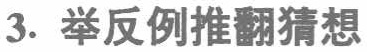
3. 举反例推翻猜想